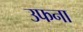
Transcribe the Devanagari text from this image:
उफना